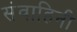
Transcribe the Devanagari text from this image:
संवाहिनी